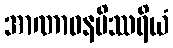
အာဏာဓနမိဿရိယံ